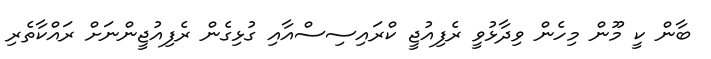
ބާން ކީ މޫން މިހެން ވިދާޅުވީ ރެފިއުޖީ ކްރައިސިސްއާއި ގުޅިގެން ރެފިއުޖީންނަށް ރައްކާތެރި